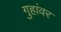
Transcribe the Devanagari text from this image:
गुहांवर